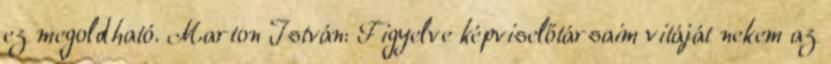
ez megoldható. Marton István: Figyelve képviselőtársaim vitáját nekem az